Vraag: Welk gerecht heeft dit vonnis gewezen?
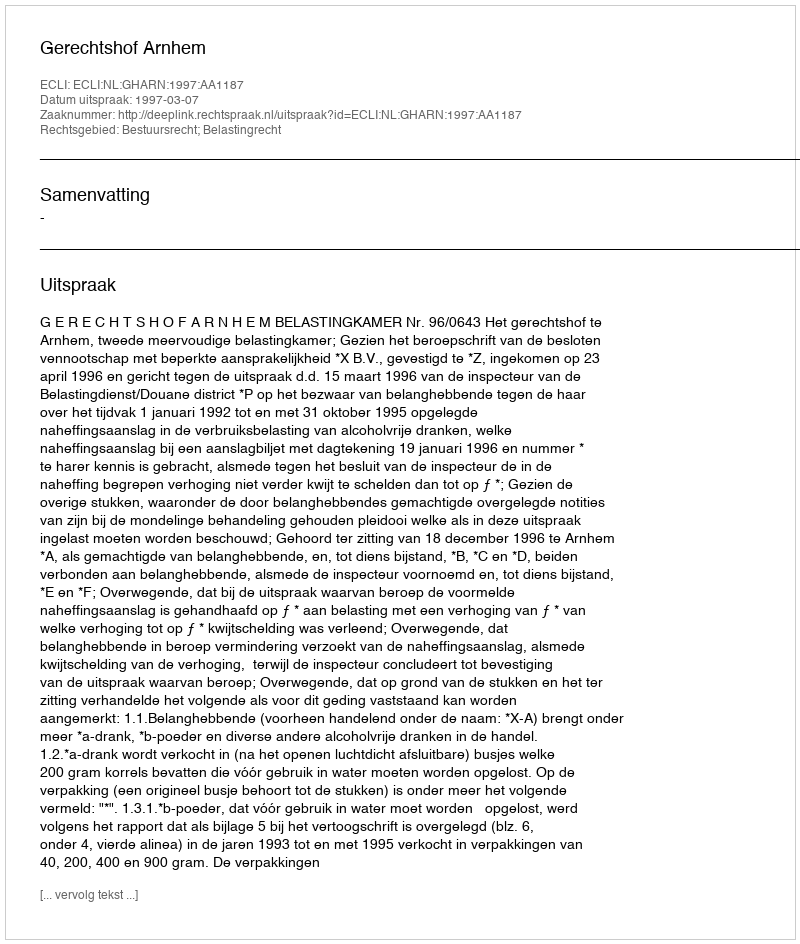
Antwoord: Gerechtshof Arnhem